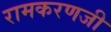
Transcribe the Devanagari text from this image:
रामकरणजी